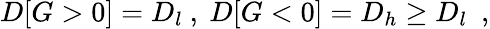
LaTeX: D[G>0]=D_{l}\ ,\ D[G<0]=D_{h}\geq D_{l}\ \ ,